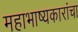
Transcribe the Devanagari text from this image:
महाभाष्यकारांचा